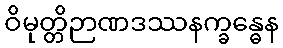
ဝိမုတ္တိဉာဏဒဿနက္ခန္ဓေန